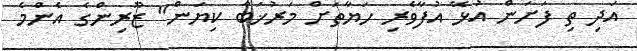
އަދި ތި ފަށަން އުޅޭ އުފާވެރި ހަޔާތަށް މަރުޚަބާ ކިޔަން" ޒޫރިންގެ އެންމެ